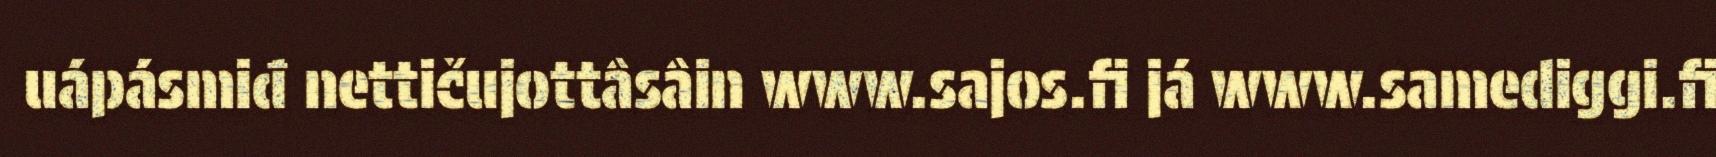
uápásmiđ nettičujottâsâin www.sajos.fi já www.samediggi.fi